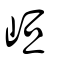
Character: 峘